Annual statistical returns and brief notes on vaccination in Bengal - 1896-1909
Year: 1896
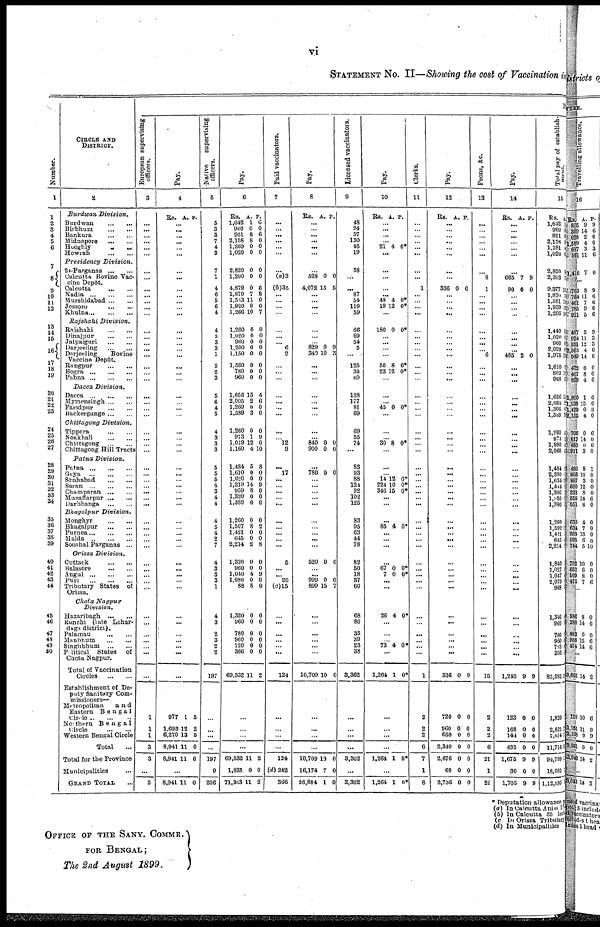
vi
STATEMENT No. II—Showing the cost of Vaccination in
Number.
1
1
2
3
4
5
6
7
8
9
10
11
12
13
14
15
16
17
18
19
20
21
22
23
24
25
26
27
28
29
30
31
32
33
34
35
36
37
38
39
40
41
42
43
44
45
46
47
48
49
50
CIRCLE AND
DISTRICT.
2
Burdwan
Division.
Burdwan
...
...
Birbhum
...
...
Bankura
...
...
Midnapore
...
...
Hooghly
...
...
Howrah
...
...
Presidency
Division.
24-Parganas
...
...
Calcutta Bovine Vac-
cine Depôt.
Calcutta
...
...
Nadia
...
...
...
Murshidabad ... ...
Jessore
...
...
Khulna
...
...
...
Rajshahi
Division.
Rajshahi
...
...
Dinajpur
...
...
Jalpaiguri
...
...
Darjeeling
...
...
Darjeeling
Bovine
Vaccine Depôt.
Bangpur
...
...
Bogra
...
...
...
Pabna
...
...
...
Dacca
Division.
Dacca
...
...
...
Mymensingh ... ...
Faridpur
...
...
Backergunge ... ...
Chittagong
Division.
Tippera
...
...
Noakhali
...
...
Chittagong
...
...
Chittagong Hill Tracts
Patna
Division.
Patna
...
...
...
Guya
...
...
...
Shahabad
...
...
Saran
...
...
...
Champaran
...
...
Muzaffarpur ...
...
Darbhanga
...
...
Bhagalpur
Division.
Monghyr
...
...
Bhagalpur
...
...
Purnea
...
...
...
Malda
...
...
...
Southal Parganas ...
Orissa
Division.
Cuttack
...
...
Balasore
...
...
Angul
...
...
...
Puri
...
...
...
Tributary States of
Orissa.
Chota
Nagpur
Division.
Hazaribagh
...
...
Ranchi (late Lohar¬
daga district).
Palamau
...
...
Manbhum
...
...
Singhbhum
...
...
Political States of
Chota Nagpur.
Total of Vaccination
Circles
...
...
Establishment of De-
puty Sanitary Com-
missioners—
Metropolitan
a n d
Eastern
Bengal
Circle ... ... ...
Northern
Bengal
Circle
...
...
Western Bengal Circle
Total ...
Total for the Province
Municipalities ...
GRAND TOTAL ...
R
European supervising
officers.
3
...
...
...
...
...
...
...
...
...
...
...
...
...
...
...
...
...
...
...
...
...
...
...
...
...
...
...
...
...
...
...
...
...
...
...
...
...
...
...
...
...
...
...
...
...
...
...
...
...
...
...
...
...
1
1
1
3
3
...
3
Pay.
4
Rs. A. P.
...
...
...
...
... ...
...
...
...
...
...
... ...
...
...
... ...
...
...
...
...
...
...
...
...
...
...
...
...
...
...
... ...
... ...
...
...
...
...
...
...
...
...
...
...
...
...
...
...
... ...
...
...
977
1,693
6,270
8,941
8,941
1
12
13
11
11
5
2
5
0
0
...
8,941 11 0
Native
supervising
officers.
5
6
3
3
7
4
3
7
1
4
6
5
6
4
4
3
3
3
1
5
2
3
5
6
4
5
4
3
3
3
5
5
5
4
3
4
4
4
5
4
2
7
4
3
3
3
1
4
3
2
3
2
2
197
...
...
...
...
197
9
206
Pay.
6
Rs.
1,642
960
951
2,158
1,260
1,020
A.
1
0
8
8
0
0
P.
6 0
6
0
0
0
2,820
1,200
4,879
1,870
1,533
1,920
1,266
0
0
0
7
11
0
10
0
0
6
8
0
0
7
1,260
1,020
960
1,200
1,150
1,560
780
960
0
0
0
0
0
0
0
0
0
0
0
0
0
0
0
0
1,656
2,005
1,260
1,589
15
2
0
3
4
6
0
0
1,260
973
1,019
1,160
0
1
12
4
0
9
0
10
1,484
1,610
1,620
1,219
959
1,320
1,380
5
0
0
14
8
0
0
8
0
0
9
0
0
0
1,260
1,507
1,421
645
2,214
0
8
0
0
2
0
2
0
0
8
1,320
960
1,040
1,080
88
0
0
4
0
8
0
0
9
0
0
1,320
960
780
960
720
366
69,532
0
0
0
0
0
0
11
0
0
0
0
0
0
2
...
...
...
...
69,532
1,831
71,363
11
0
11
2
0
2
Paid vaccinators.
7
...
...
...
...
...
...
...
(a)3
(b)35
...
...
...
...
...
...
... 6
2
... ...
...
...
...
...
...
...
... 12
9
... 17
...
...
...
... ...
... ...
...
...
...
5
...
... 20
(c)15
...
...
...
...
... ...
124
...
...
...
...
124
(d)242
366
Pay.
8
Rs. A. P.
...
...
...
...
... ...
...
528
4,072
0
15
0
5
...
...
...
...
...
...
... 829
340
0
10
9
3
...
... ...
...
...
...
...
...
...
840
900
0
0
0
0
...
780 0 0
... ...
...
... ...
...
...
...
...
...
520 0 0
... ...
999
899
0
15
0
7
...
...
...
...
...
...
10,709 10 0
...
...
...
...
10,709
16,174
26,884
10
7
1
0
0
0
Licensed vaccinators.
9
48
24
57
130
45
19
58
...
...
87
54
119
59
66
69
64
5
...
125
30
60
128
177
81
69
69
55
74
...
83
93
88
124
92
102
126
83
95
63
44
78
82
50
18
37
60
68
80
35
39
23
38
3,362
...
...
...
...
3,362
...
3,362
Pay.
10
Rs. A. P.
... ...
...
...
21 4 0*
...
...
...
...
...
48
19
4
12
0*
0*
...
180 0 0*
...
...
...
...
50
23
8
12
0*
0*
...
...
...
45 0 0*
...
...
...
30 8 0*
...
...
...
14
224
346
12
10
15
0*
0*
0*
...
...
...
85 4 0*
...
...
...
...
67
7
0
0
0*
0*
...
...
26 4 0*
...
...
... 73 4 0*
...
1,264 1 0*
...
...
...
...
1,264 1 0*
...
1,264 1 0*
Clerks.
11
...
...
...
...
...
...
...
...
1
...
...
...
...
...
...
...
...
...
...
...
...
...
...
...
...
...
...
...
...
...
...
...
...
...
...
...
...
...
...
...
...
...
...
...
...
...
...
...
...
...
...
...
1
2
2
2
6
7
1
8
Pay.
12
Rs. A. P.
...
...
...
...
... ...
...
...
336 0 0
...
...
... ...
...
...
...
... ...
...
... ...
...
...
... ...
...
...
... ...
...
...
... ...
...
...
...
... ...
...
...
...
...
...
...
...
...
...
...
...
...
...
...
336 0 0
720
960
660
2,340
2,676
60
2,736
0
0
0
0
0
0
0
0
0
0
0
0
0
0
Peons, &c.
13
...
...
...
...
...
...
...
8
1
...
...
...
...
...
...
...
... 6
...
...
...
...
...
...
...
...
...
...
...
...
...
...
...
...
...
...
...
...
...
...
...
...
...
...
...
...
...
...
...
...
... ...
15
2
2
2
6
21
1
22
Pay.
14
Rs. A. P.
...
...
...
...
...
...
...
665
90
7
0
9
0
... ...
...
...
...
...
...
...
485 2 0
...
... ...
...
...
... ...
...
...
... ...
...
... ...
...
...
...
...
... ...
...
...
...
...
...
...
...
...
...
... ...
... ...
1,240
9 9
123
168
144
435
1,675
30
1,705
0
0
0
0
9
0
9
0
0
0
0
9
0
9
Total pay of establish-
ment.
15
Rs.
1,642
960
951
2,153
1,281
1,020
2,820
2,393
9,377
1,870
1,581
1,939
1,266
1,440
1,020
960
2,029
1,975
1,610
803
960
1,656
2,005
1,305
1,589
1,260
974
1,890
2,060
1,484
2,390
1,634
1,444
1,306
1,320
1,980
1,260
1,592
1,421
645
2,214
1,840
1,027
1,047
2,079
988
1,346
960
780
960
793
366
83,082
A.
1
0
8
1
4
0
0
7
15
7
15
12
10
4
0
1
1
12
9
12
5
15
1
4
8
1
1
1
1
1
0
12
1
7
1
1
1
1
1
1
1
1
1
1
1
1
1
1
1
1
1
1
12
1,820
2,821
7,074
11,716
94,799
18,095
l,12,895
2
1 1
11
1
2
1
* Deputation allowance p
(a) In Calcutta, Animal
(b) In Calcutta 35 incl
(c) In Orissa Tributary
(d) In Municipalities
OFFICE OF THE SANY. COMMR.
FOR BENGAL;
The 2nd August 1899.